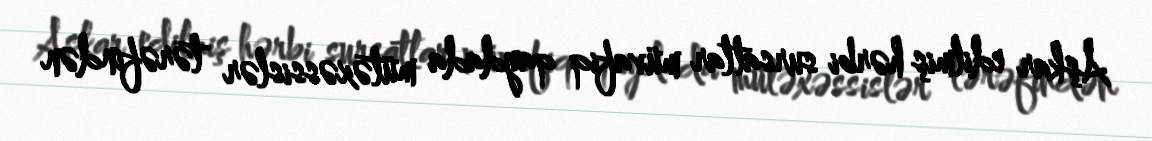
Aşkar edilmiş hərbi sursatlar müvafiq qaydada mütəxəssislər tərəfindən